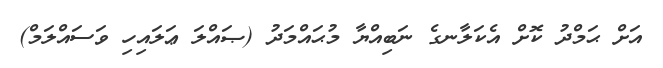
އަށް ޙަމްދު ކޮށް އެކަލާނގެ ނަބިއްޔާ މުޙައްމަދު (ޞައްލަ ޢަލައިހި ވަސައްލަމް)